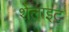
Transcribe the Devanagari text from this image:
शेलाइट